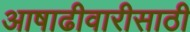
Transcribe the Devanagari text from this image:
आषाढीवारीसाठी